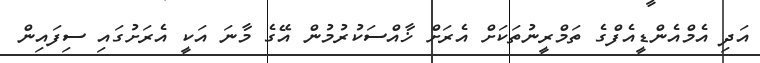
އަދި އެމްއެންޑީއެފްގެ ތަމްރީނުތަކަށް އެރަށް ޚާއްސަކުރުމުން އޭގެ މާނަ އަކީ އެރަށުގައި ސިފައިން